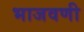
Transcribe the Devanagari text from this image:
भाजवणी